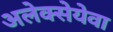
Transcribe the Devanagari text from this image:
अलेक्सेयेवा